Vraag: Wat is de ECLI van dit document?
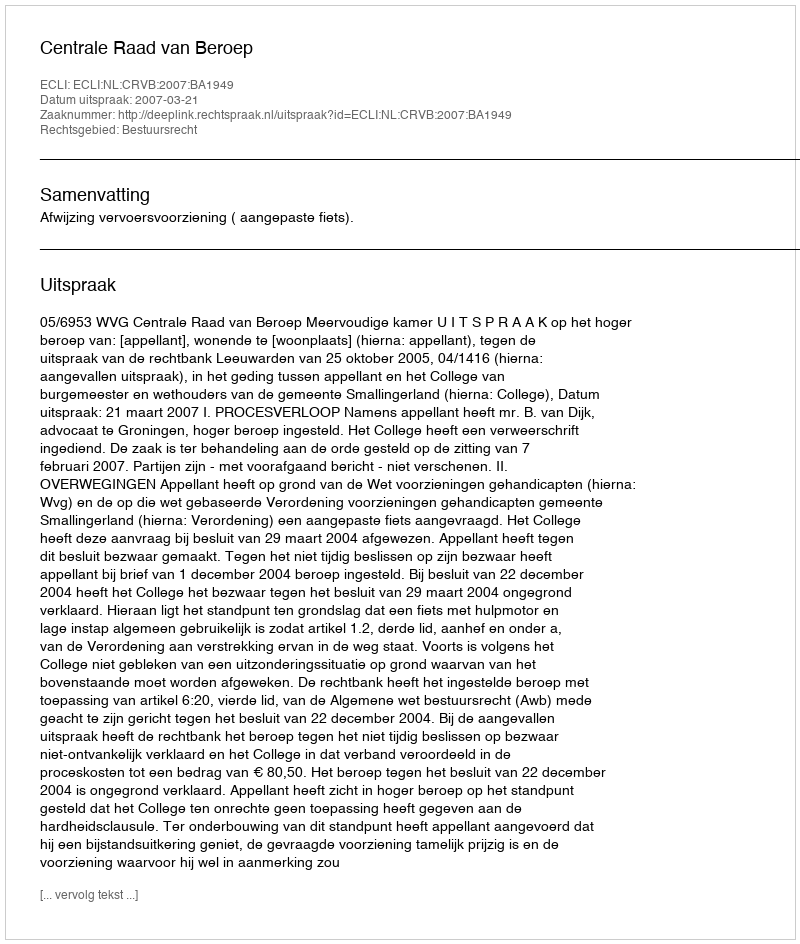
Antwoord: ECLI:NL:CRVB:2007:BA1949